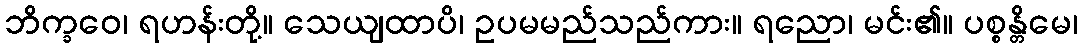
ဘိက္ခဝေ၊ ရဟန်းတို့။ သေယျထာပိ၊ ဥပမမည်သည်ကား။ ရညော၊ မင်း၏။ ပစ္စန္တိမေ၊